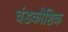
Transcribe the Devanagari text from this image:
चंडकौशिक